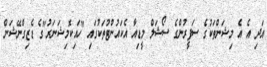
އަދި އެ އެ މިޝަންތަކުގެ ސަފީރުންގެ ސޯޝަލް މީޑިއާ އެކައުންޓުތަކުގައި "ހައިކޮމިޝަނަރު"ގެ ޑެޒިގްނޭޝަން